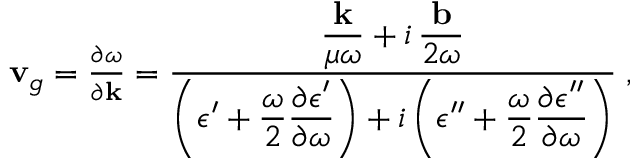
\begin{array} { r } { { \bf v } _ { g } = \frac { \partial \omega } { \partial { \bf k } } = \frac { \displaystyle \frac { { \bf k } } { \mu \omega } + i \, \frac { { \bf b } } { 2 \omega } } { \displaystyle \left( \epsilon ^ { \prime } + \frac { \omega } { 2 } \frac { \partial \epsilon ^ { \prime } } { \partial \omega } \right) + i \left( \epsilon ^ { \prime \prime } + \frac { \omega } { 2 } \frac { \partial \epsilon ^ { \prime \prime } } { \partial \omega } \right) } \; , } \end{array}